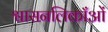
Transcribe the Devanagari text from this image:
श्वासनलिकाँओं